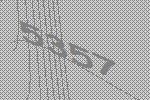
5357